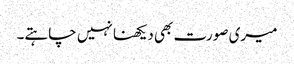
میری صورت بھی دیکھنا نہیں چاہتے۔